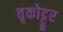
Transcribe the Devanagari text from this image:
तृकोट्टूर